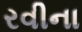
રવીના